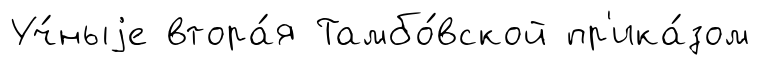
Уч́ныjе втора́я Тамбо́вской пр'ика́зом